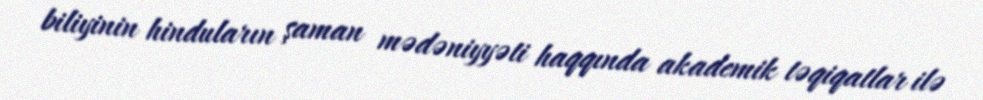
biliyinin hinduların şaman mədəniyyəti haqqında akademik təqiqatlar ilə